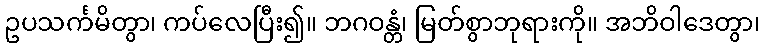
ဥပသင်္ကမိတွာ၊ ကပ်လေပြီး၍။ ဘဂဝန္တံ၊ မြတ်စွာဘုရားကို။ အဘိဝါဒေတွာ၊